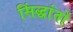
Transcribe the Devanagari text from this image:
सिंद्धांतों